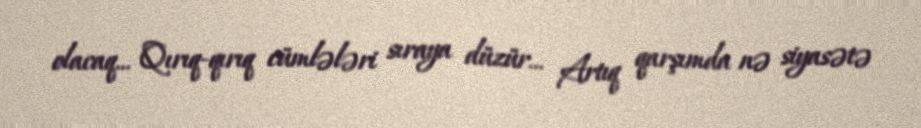
olacaq... Qırıq-qırıq cümlələri sıraya düzür... Artıq qarşımda nə siyasətə